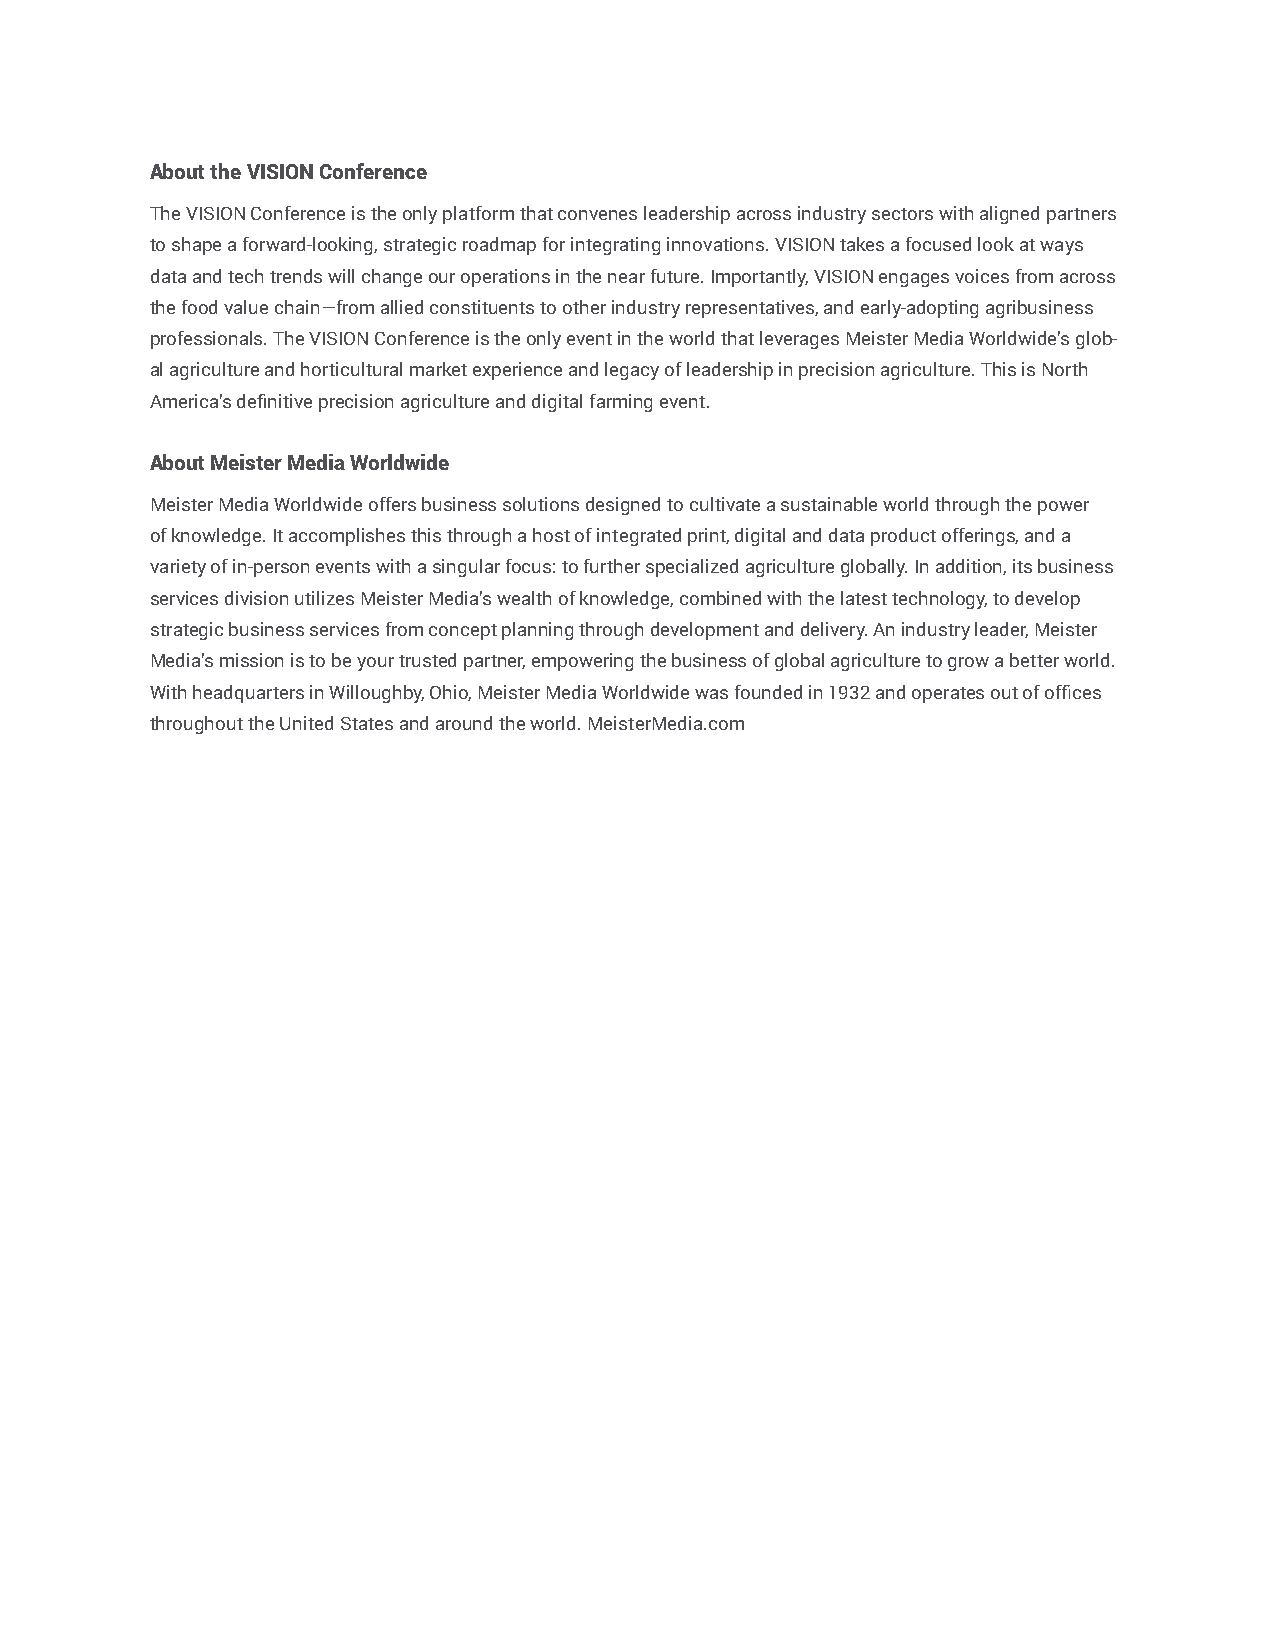
About the VISION Conference
 The VISION Conference is the only platform that convenes leadership across industry sectors with aligned partners
 to shape a forward-looking, strategic roadmap for integrating innovations. VISION takes a focused look at ways
 data and tech trends will change our operations in the near future. Importantly, VISION engages voices from across
 the food value chain—from allied constituents to other industry representatives, and early-adopting agribusiness
 professionals. The VISION Conference is the only event in the world that leverages Meister Media Worldwide’s glob-
 al agriculture and horticultural market experience and legacy of leadership in precision agriculture. This is North
 America’s definitive precision agriculture and digital farming event.
 About Meister Media Worldwide
 Meister Media Worldwide offers business solutions designed to cultivate a sustainable world through the power
 of knowledge. It accomplishes this through a host of integrated print, digital and data product offerings, and a
 variety of in-person events with a singular focus: to further specialized agriculture globally. In addition, its business
 services division utilizes Meister Media’s wealth of knowledge, combined with the latest technology, to develop
 strategic business services from concept planning through development and delivery. An industry leader, Meister
 Media’s mission is to be your trusted partner, empowering the business of global agriculture to grow a better world.
 With headquarters in Willoughby, Ohio, Meister Media Worldwide was founded in 1932 and operates out of offices
 throughout the United States and around the world. MeisterMedia.com